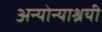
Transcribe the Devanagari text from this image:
अन्योन्याश्रयी